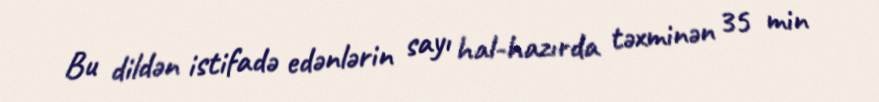
Bu dildən istifadə edənlərin sayı hal-hazırda təxminən 35 min